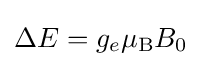
\Delta E=g_{e}\mu _{\text{B}}B_{0}